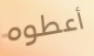
أعطوه